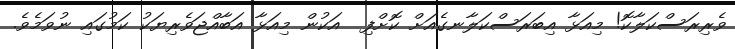
ވެރިރަސްކަލާކޮ! މިއަޅާ އިބަރަސްކަލާނގެއަށް ކޮށްފި  އަކުން މިއަޅާ އަބާއްޖަވެރިޔަކު ކަމުގައި ނުވަމެވެ.